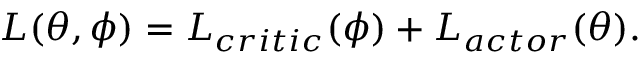
L ( \theta , \phi ) = L _ { c r i t i c } ( \phi ) + L _ { a c t o r } ( \theta ) .